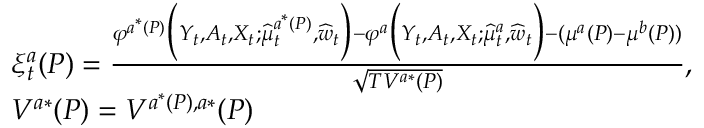
\begin{array} { r l } & { \xi _ { t } ^ { a } ( P ) = \frac { \varphi ^ { a ^ { * } ( P ) } \Big ( Y _ { t } , A _ { t } , X _ { t } ; \widehat { \mu } _ { t } ^ { a ^ { * } ( P ) } , \widehat { w } _ { t } \Big ) - \varphi ^ { a } \Big ( Y _ { t } , A _ { t } , X _ { t } ; \widehat { \mu } _ { t } ^ { a } , \widehat { w } _ { t } \Big ) - ( \mu ^ { a } ( P ) - \mu ^ { b } ( P ) ) } { \sqrt { T V ^ { a * } ( P ) } } , } \\ & { V ^ { a * } ( P ) = V ^ { a ^ { * } ( P ) , a * } ( P ) } \end{array}